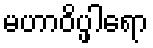
မဟာဝိပ္ဖါရော